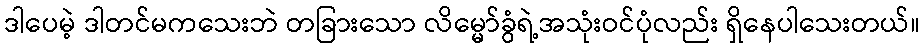
ဒါပေမဲ့ ဒါတင်မကသေးဘဲ တခြားသော လိမ္မော်ခွံရဲ့အသုံးဝင်ပုံလည်း ရှိနေပါသေးတယ်။